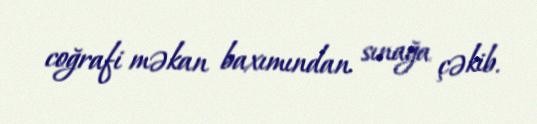
coğrafi məkan baxımından sınağa çəkib.